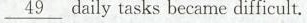
\underline{49} daily tasks became difficult.